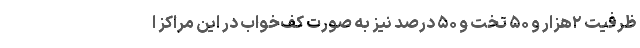
ظرفیت ۲هزار و ۵۰ تخت و ۵۰ درصد نیز به صورت کف‌خواب در این مراکز ا